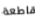
قاطعة